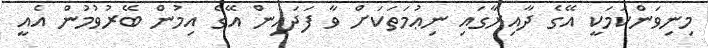
މިނިވަންކަމަކީ އޭގެ ދާއިރާގައި ނިޢުމަތަކަށް ވާ ފަދައިން އޭގެ އިމުން ބޭރުވުމުން އެއީ